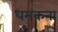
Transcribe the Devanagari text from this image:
धमकना